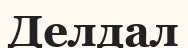
Делдал